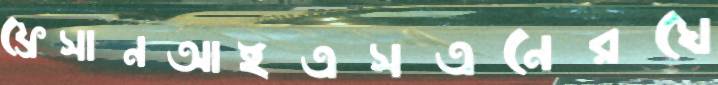
ফ্রেসানআইএসএনেরঘে